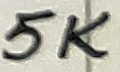
Text: 5K